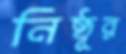
নিষ্ঠূর